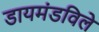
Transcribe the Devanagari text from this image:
डायमंडविले